Lunatic asylums Madras 1877-1891 - 1877-1891
Year: 1877
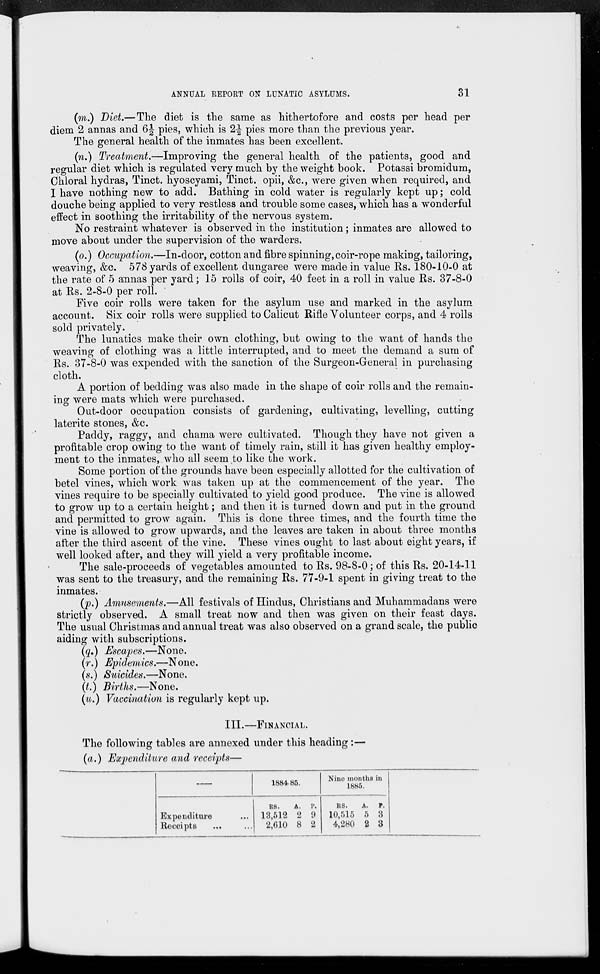
ANNUAL REPORT ON LUNATIC ASYLUMS.
31
(m.) Diet.—The diet is the same as hithertofore and costs per head per
diem 2 annas and 6½ pies, which is 2½ pies more than the previous year.
The general health of the inmates has been excellent.
(n.) Treatment.—Improving the general health of the patients, good and
regular diet which is regulated very much by the weight book. Potassi bromidum,
Chloral hydras, Tinct. hyoscyami, Tinct. opii, &c., were given when required, and
I have nothing new to add. Bathing in cold water is regularly kept up ; cold
douche being applied to very restless and trouble some cases, which has a wonderful
effect in soothing the irritability of the nervous system.
No restraint whatever is observed in the institution; inmates are allowed to
move about under the supervision of the warders.
(o.) Occupation.—In-door, cotton and fibre spinning, coir-rope making, tailoring,
weaving, &c. 578 yards of excellent dungaree were made in value Rs. 180-10-0 at
the rate of 5 annas per yard; 15 rolls of coir, 40 feet in a roll in value Rs. 37-8-0
at Rs. 2-8-0 per roll.
Five coir rolls were taken for the asylum use and marked in the asylum
account. Six coir rolls were supplied to Calicut Rifle Volunteer corps, and 4 rolls
sold privately.
The lunatics make their own clothing, but owing to the want of hands the
weaving of clothing was a little interrupted, and to meet the demand a sum of
Rs. 37-8-0 was expended with the sanction of the Surgeon-General in purchasing
cloth.
A portion of bedding was also made in the shape of coir rolls and the remain-
ing were mats which were purchased.
Out-door occupation consists of gardening, cultivating, levelling, cutting
laterite stones, &c.
Paddy, raggy, and chama were cultivated. Though they have not given a
profitable crop owing to the want of timely rain, still it has given healthy employ-
ment to the inmates, who all seem to like the work.
Some portion of the grounds have been especially allotted for the cultivation of
betel vines, which work was taken up at the commencement of the year. The
vines require to be specially cultivated to yield good produce. The vine is allowed
to grow up to a certain height; and then it is turned down and put in the ground
and permitted to grow again. This is done three times, and the fourth time the
vine is allowed to grow upwards, and the leaves are taken in about three months
after the third ascent of the vine. These vines ought to last about eight years, if
well looked after, and they will yield a very profitable income.
The sale-proceeds of vegetables amounted to Rs. 98-8-0 ; of this Rs. 20-14-11
was sent to the treasury, and the remaining Rs. 77-9-1 spent in giving treat to the
inmates.
(p.) Amusements.—All festivals of Hindus, Christians and Muhammadans were
strictly observed. A small treat now and then was given on their feast days.
The usual Christmas and annual treat was also observed on a grand scale, the public
aiding with subscriptions.
(q.) Escapes.—None.
(r.) Epidemics.—None.
(s.) Suicides.—None.
(t.) Births.—None.
(u.) Vaccination is regularly kept up.
III.—FINANCIAL.
The following tables are annexed under this heading:—
(a.) Expenditure and receipts—
—
Expenditure ...
Receipts
... ...
1884.85.
RS.
13,512
2,610
A.
2
8
P.
9
2
Nine months in
1885.
RS.
10,515
4,280
A.
5
2
P.
3
3